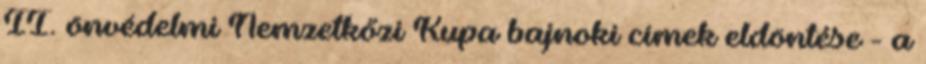
II. önvédelmi Nemzetkőzi Kupa bajnoki címek eldöntése - a